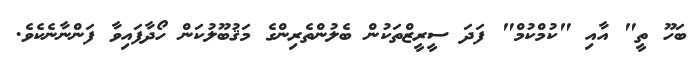
ބަހޫ ތީ" އާއި "ކުމްކުމް" ފަދަ ސީރީޒްތަކުން ބެލުންތެރިންގެ މަޤުބޫލުކަން ހޯދާފައިވާ ފަންނާނެކެވެ.